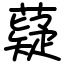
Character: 薿